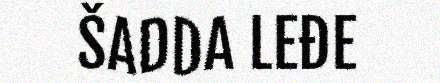
ŠADDA LEĐE